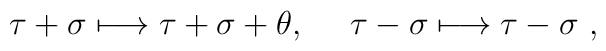
\tau+\sigma \longmapsto \tau+\sigma+\theta, \ \quad \tau-\sigma \longmapsto\tau-\sigma \ ,